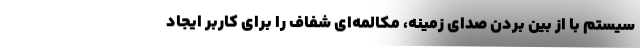
سیستم با از بین بردن صدای زمینه، مکالمه‌ای شفاف را برای کاربر ایجاد